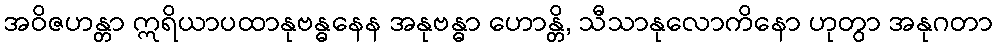
အဝိဇဟန္တာ ဣရိယာပထာနုဗန္ဓနေန အနုဗန္ဓာ ဟောန္တိ, သီသာနုလောကိနော ဟုတွာ အနုဂတာ